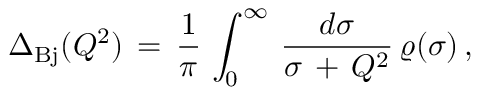
\Delta _ { \mathrm { B j } } ( Q ^ { 2 } ) \, = \, \frac { 1 } { \pi } \, \int _ { 0 } ^ { \infty } \, \frac { d \sigma } { \sigma \, + \, Q ^ { 2 } } \, \varrho ( \sigma ) \, ,